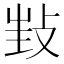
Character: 𢼟